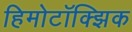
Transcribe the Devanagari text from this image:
हिमोटॉक्झिक